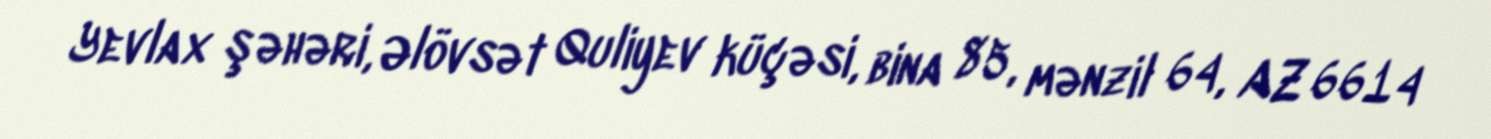
Yevlax şəhəri, Əlövsət Quliyev küçəsi, bina 85, mənzil 64, AZ 6614